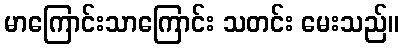
မာကြောင်းသာကြောင်း သတင်း မေးသည်။